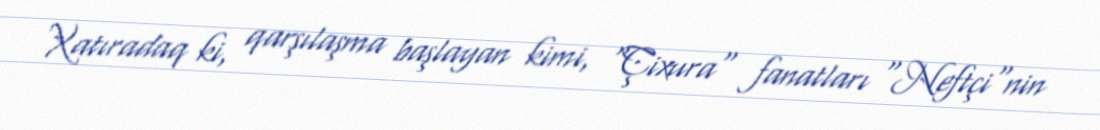
Xatıradaq ki, qarşılaşma başlayan kimi, "Çixura" fanatları "Neftçi"nin